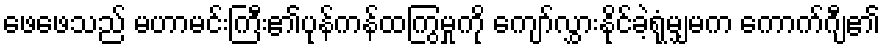
ဖေဖေသည် မဟာမင်းကြီး၏ပုန်ကန်ထကြွမှုကို ကျော်လွှားနိုင်ခဲ့ရုံမျှမက ကောက်ဂျီ၏